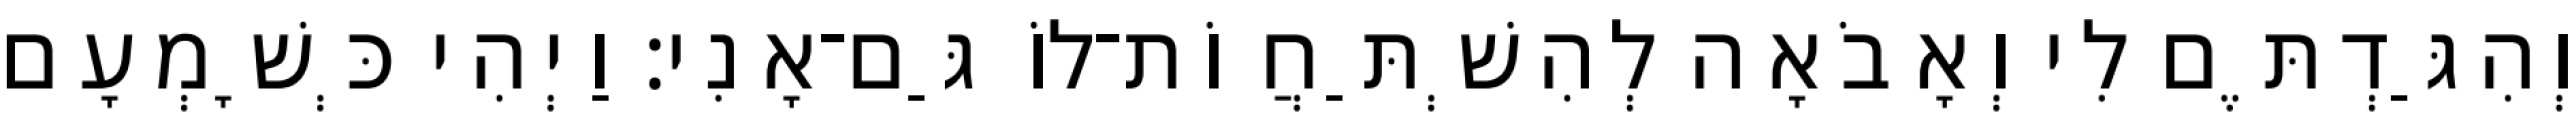
וְהִגַּדְתֶּם לִי וְאָבֹאָה לְהִשְׁתַּחֲוֹת־לוֹ גַּם־אָנִי׃ וַיְהִי כְּשָׁמְעָם